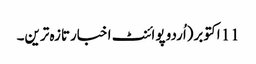
11 اکتوبر(اُردو پوائنٹ اخبارتازہ ترین۔